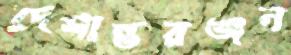
দেশান্তরঞ্জন